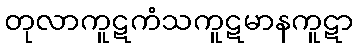
တုလာကူဋကံသကူဋမာနကူဋာ